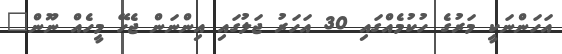
އަަހަންނަކީ މަރުގެ ހުކުމެއްގައި 30 އަހަރު ޖަލުގައި އިންނަން ޖެހޭ މީހެއް ނޫން"